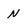
Character: N